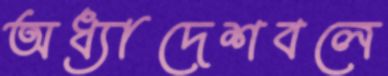
অধ্যাদেশবলে